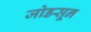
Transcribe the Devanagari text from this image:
जोडसून